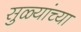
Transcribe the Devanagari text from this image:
सुळ्यांच्या